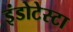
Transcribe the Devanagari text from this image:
इंडोटेस्टा